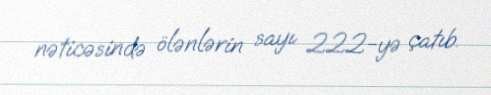
nəticəsində ölənlərin sayı 222-yə çatıb.